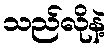
သည်လိုနဲ့